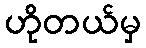
ဟိုတယ်မှ